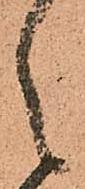
之